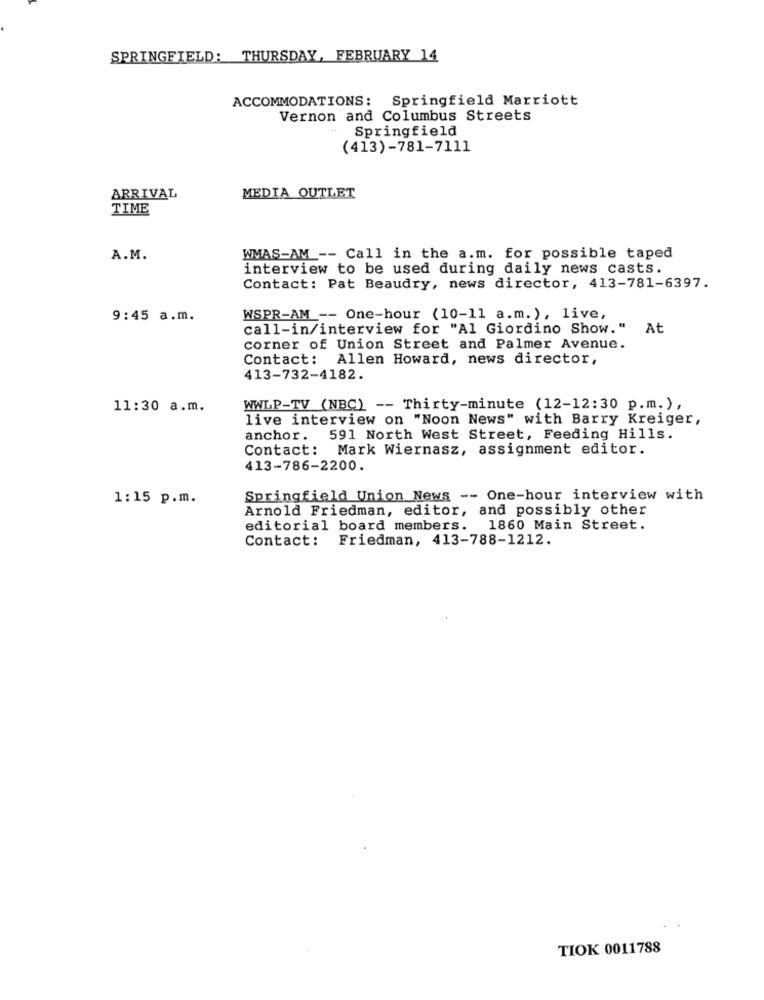
SPRINGFIELD: THURSDAY, FEBRUARY 14
ACCOMMODATIONS: Springfield Marriott
Vernon and Columbus Streets
Springfield
(413)-781-7111
ARRIVAL
MEDIA OUTLET
TIME
A.M.
WMAS-AM -- Call in the a.m. for possible taped
interview to be used during daily news casts.
Contact: Pat Beaudry, news director, 413-781-6397.
9:45 a.m.
WSPR-AM -- One-hour (10-11 a.m. ), live,
call-in/interview for "Al Giordino Show." At
corner of Union Street and Palmer Avenue.
Contact: Allen Howard, news director,
413-732-4182.
11:30 a.m.
WWLP-TV (NBC) -- Thirty-minute (12-12:30 p.m.),
live interview on "Noon News" with Barry Kreiger,
anchor. 591 North West Street, Feeding Hills.
Contact: Mark Wiernasz, assignment editor.
413-786-2200.
1:15 p.m.
Springfield Union News -- One-hour interview with
Arnold Friedman, editor, and possibly other
editorial board members.
1860 Main Street.
Contact:
Friedman, 413-788-1212.
TIOK 0011788